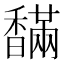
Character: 𩡙